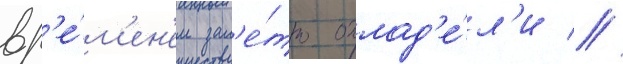
вр'е́м'ен'ем зам'е́тно охлад'е́л'и //